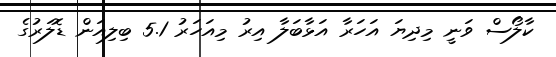
ކާލޯސް ވަނީ މިދިޔަ އަހަރާ އަޅާބަލާ އިރު މިއަހަރު 5.1 ބިލިއަން ޑޮލަރުގެ